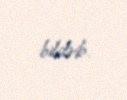
bildirib.